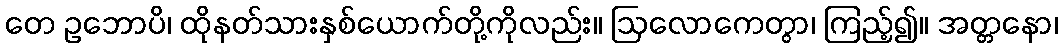
တေ ဥဘောပိ၊ ထိုနတ်သားနှစ်ယောက်တို့ကိုလည်း။ ဩလောကေတွာ၊ ကြည့်၍။ အတ္တနော၊